Indian journal of veterinary science and animal husbandry - Volume 3,
Year: 1933
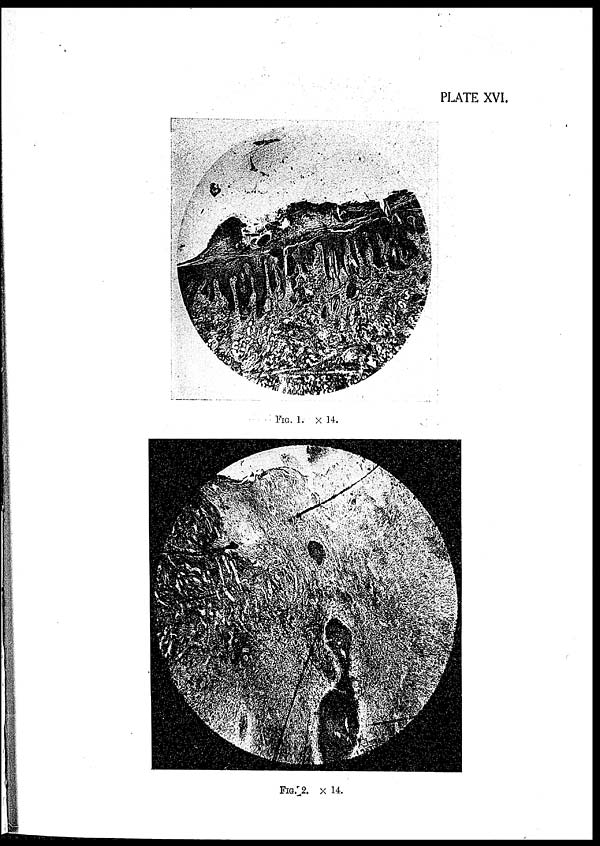
PLATE XVI.
FIG. 1. × 14.
FIG. 2. × 14.